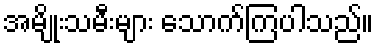
အမျိုးသမီးများ သောက်ကြပါသည်။